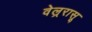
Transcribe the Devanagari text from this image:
वेल्ररासू